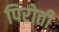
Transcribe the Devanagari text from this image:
पिरोती